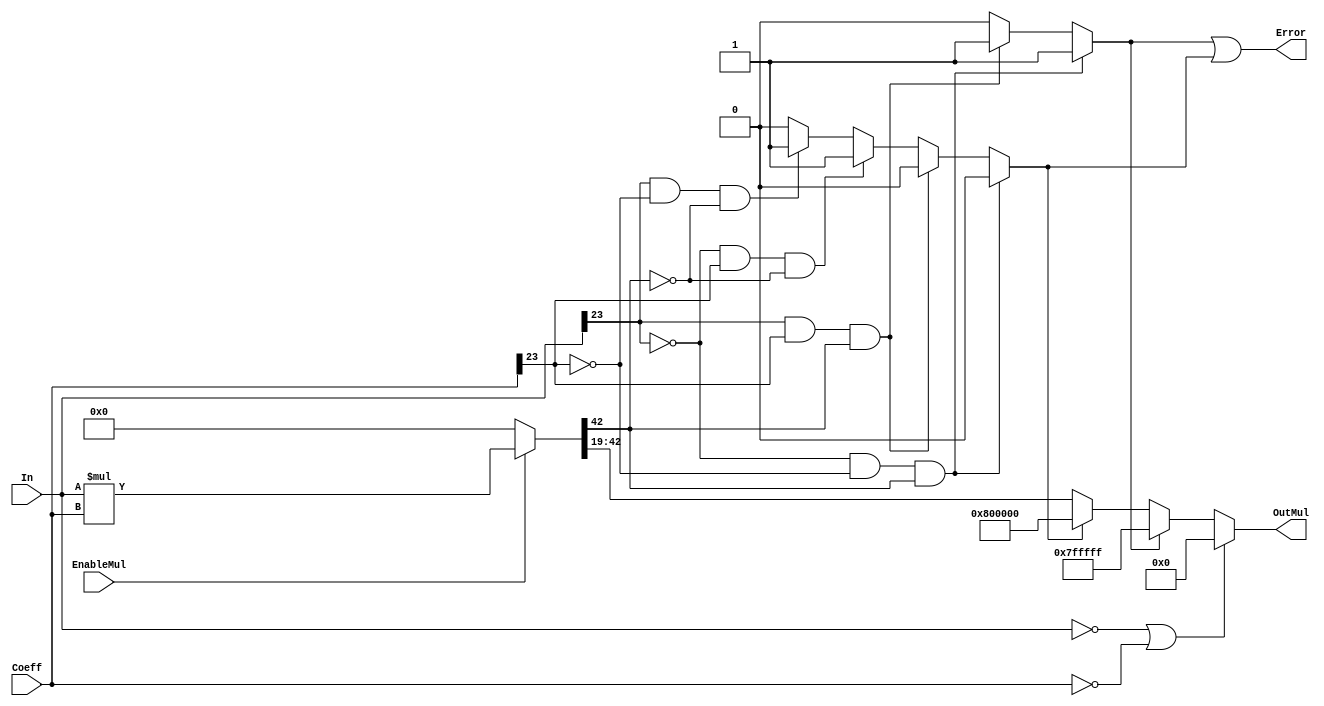
module multiplicadorPuntoFijo  #(parameter Width = 24, Magnitud = 4, Precision = 19, Signo = 1)
		(EnableMul,In,Coeff,OutMul,Error);
	 input EnableMul;
	 input signed [Width-1:0] In,Coeff;
	 output reg signed [Width-1:0] OutMul = 0; 
	 output Error;
	 reg signed [2*Width-1:0]  AuxMul = 0; 
	 reg Overflow = 0;
	 reg Underflow = 0;
		always @* begin 
			if (EnableMul) begin
				AuxMul <= In * Coeff; 
			end
			else begin
				AuxMul <= 0;
			end
		end
		always @* begin 
			if (~In[Width-1] && ~Coeff[Width-1] && AuxMul[2*Width -1 - Magnitud - Signo]) begin
				Overflow <= 1;
				Underflow <= 0;
			end
			else if(In[Width-1] && Coeff[Width-1] && AuxMul[2*Width -1 - Magnitud - Signo]) begin
				Overflow <= 1;
				Underflow <= 0;
			end
			else if(~In[Width-1] && Coeff[Width-1] && ~AuxMul[2*Width -1 - Magnitud - Signo]) begin
				Overflow <= 0;
				Underflow <= 1;
			end
			else if(In[Width-1] && ~Coeff[Width-1] && ~AuxMul[2*Width -1 - Magnitud - Signo]) begin
				Overflow <= 0;
				Underflow <= 1;
			end
			else begin
				Overflow <= 0;
				Underflow <= 0;
			end
		end
		always @* begin 
			if (In == 0 || Coeff==0) begin
					OutMul <= 0;
			end 
			else begin
				if (Overflow) begin
					OutMul <= 2**(Width-1) -1;  
				end
				else begin
					if (Underflow) begin
						OutMul <= -2**(Width-1);    
					end
					else begin
						OutMul <= AuxMul[2*Width -1 - Magnitud - Signo : Precision];      
					end
				end	
			end
		end
		assign Error =  Overflow | Underflow;
endmodule